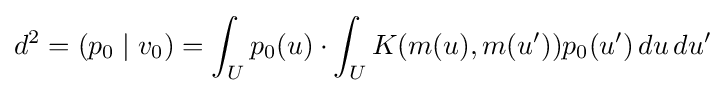
d^{2}=(p_{0}\mid v_{0})=\int _{U}p_{0}(u)\cdot \int _{U}K(m(u),m(u^{\prime }))p_{0}(u^{\prime })\,du\,du^{\prime }